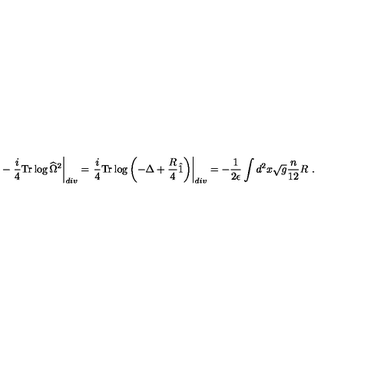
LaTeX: - \left. \frac { i } { 4 } \mathrm { T r } \log \widehat { \Omega } ^ { 2 } \right| _ { d i v } = \left. \frac { i } { 4 } \mathrm { T r } \log \left( - \Delta + { \frac { R } { 4 } } \hat { 1 } \right) \right| _ { d i v } = - { \frac { 1 } { 2 \epsilon } } \int d ^ { 2 } x \sqrt { g } { \frac { n } { 1 2 } } R \ .